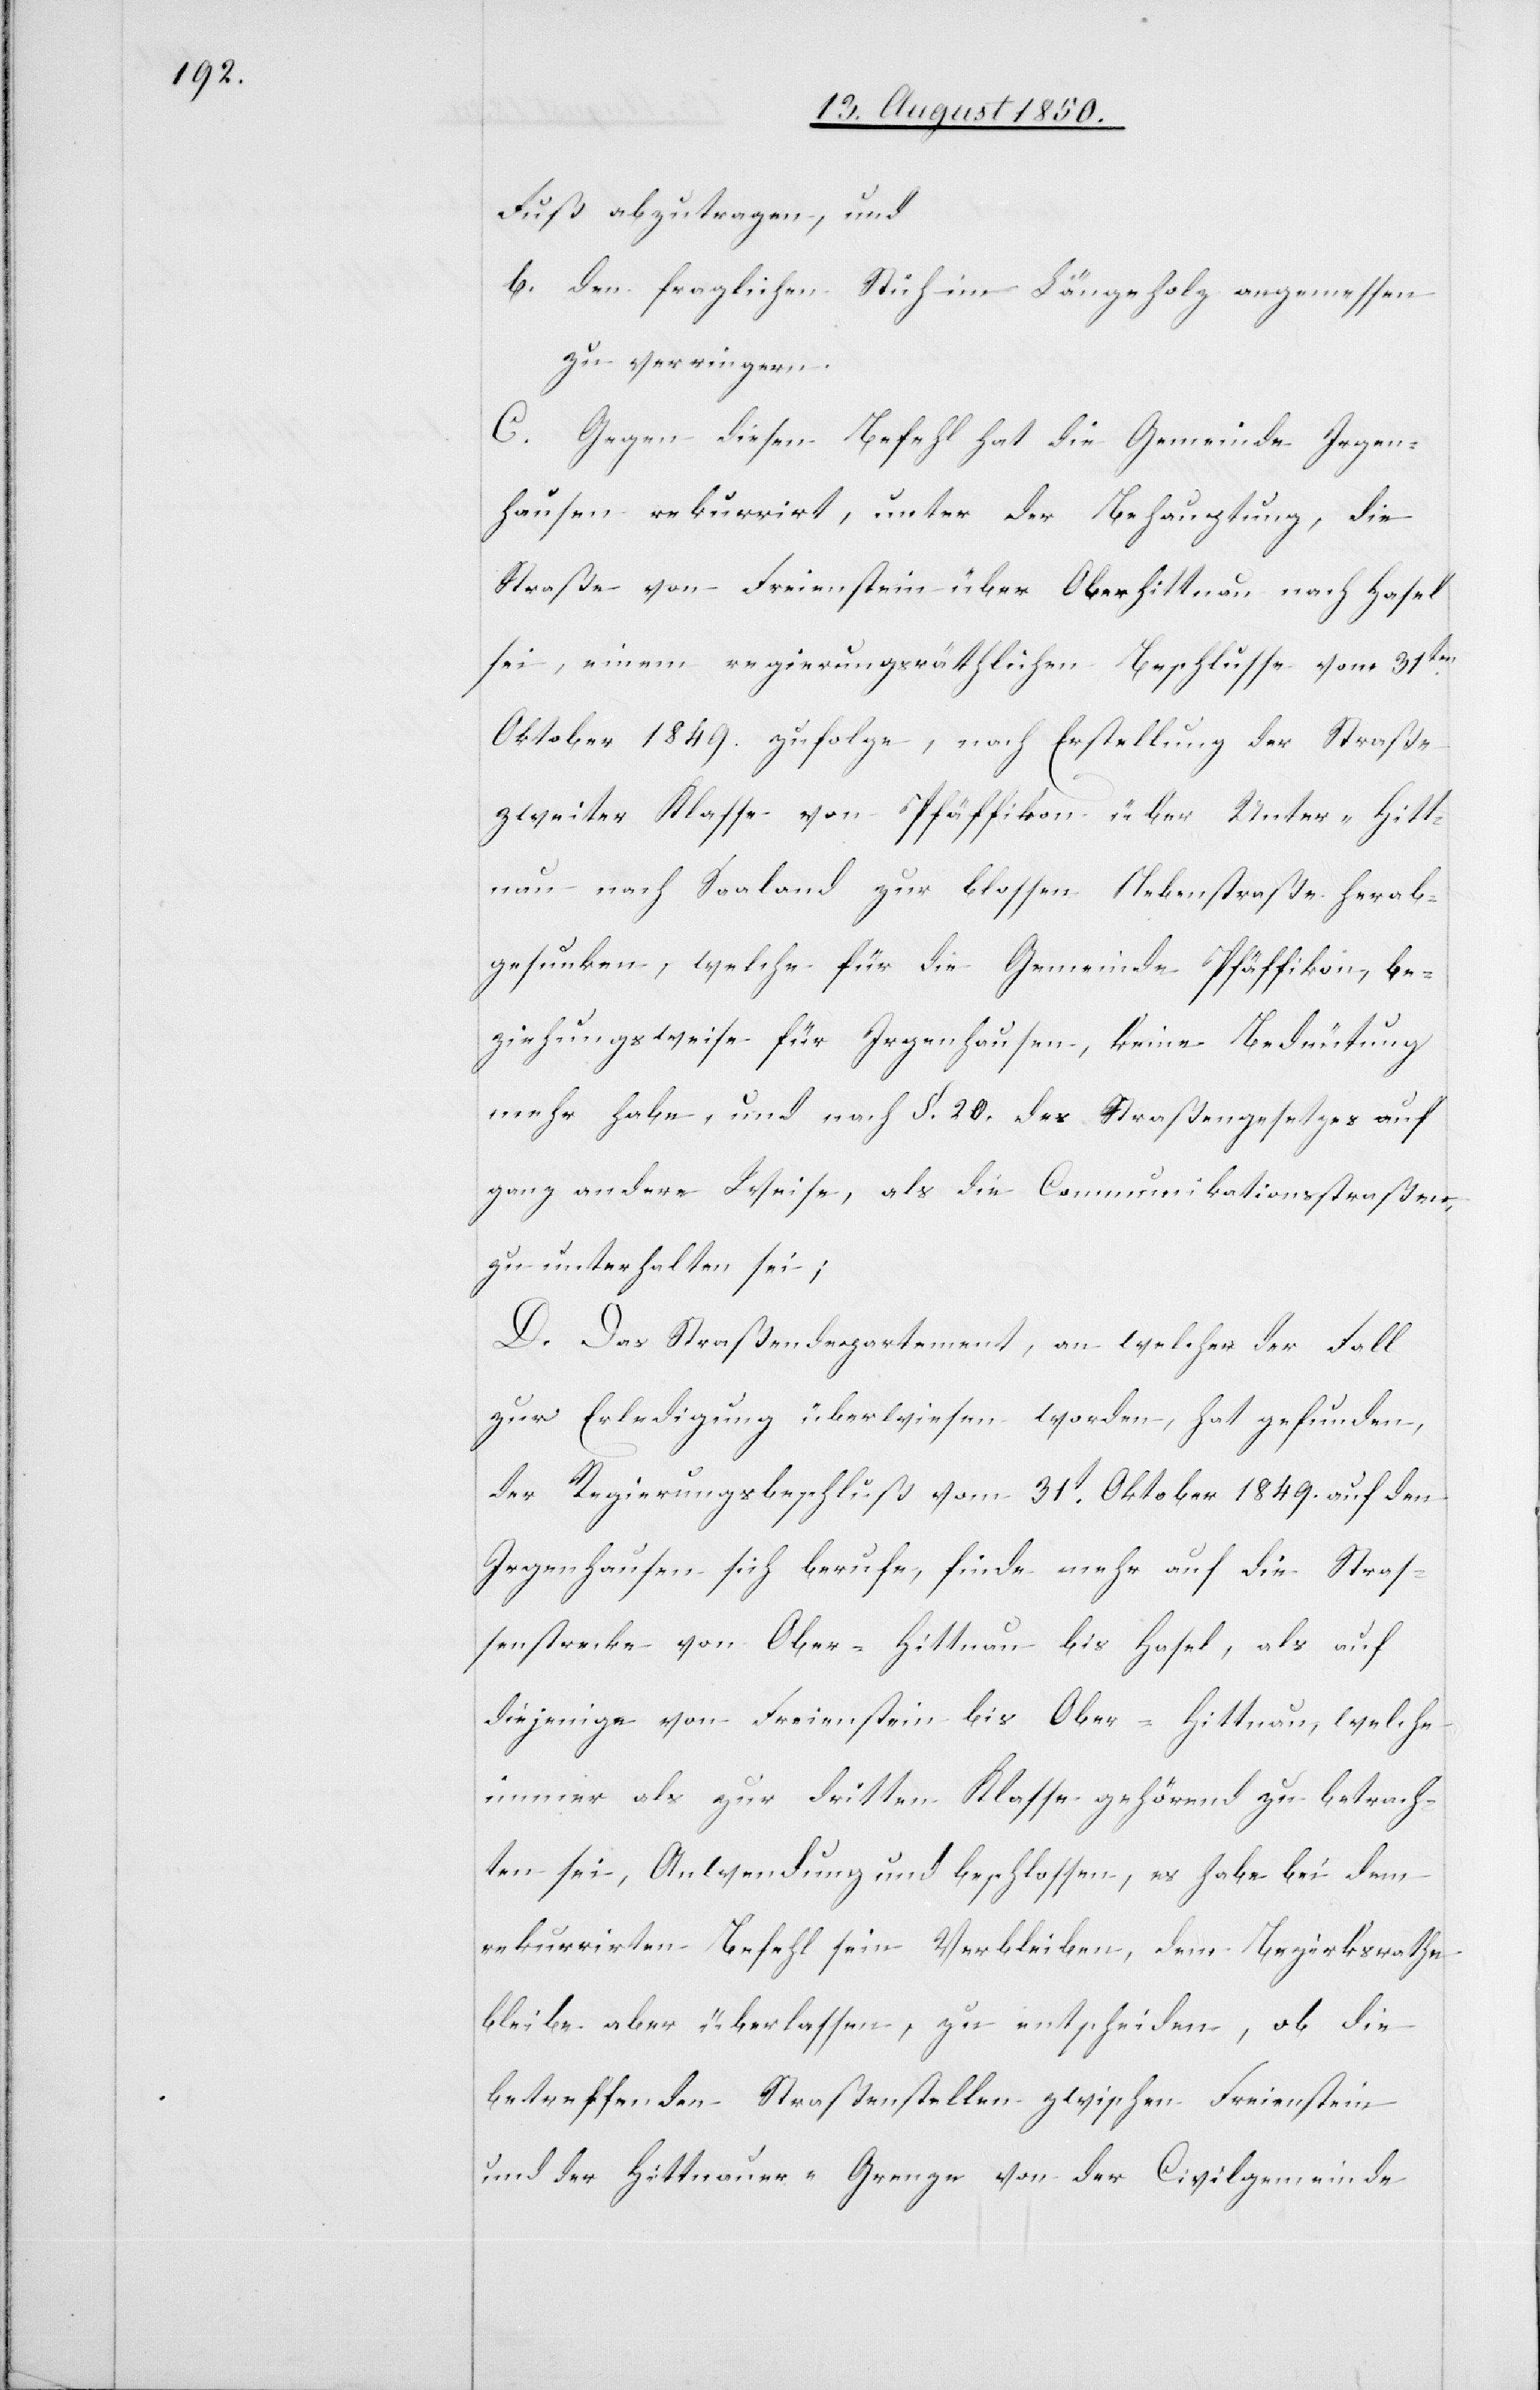
Fuß abzutragen, und
b. den fraglichen Stich im Längeholz angemessen
zu verringern.
C. Gegen diesen Befehl hat die Gemeinde Irgen¬
hausen rekurrirt, unter der Behauptung, die
Straße von Freienstein über Oberhittnau nach Hasel
sei, einem regierungsräthlichen Beschlusse vom 31ten
Oktober 1849. zufolge, nach Erstellung der Straße
zweiter Klasse von Pfäffikon über Unter-Hitt¬
nau nach Saaland zur blossen Nebenstraße herab¬
gesunken, welche für die Gemeinde Pfäffikon, be¬
ziehungsweise für Irgenhausen, keine Bedeutung
mehr habe, und nach §. 20. des Straßengesetzes auf
ganz andere Weise, als die Communikationsstraßen,
zu unterhalten sei;
D. Das Straßendepartement, an welcher [sic!] der Fall
zur Erledigung überwiesen worden, hat gefunden,
der Regierungsbeschluß vom 31t Oktober 1849. auf den
Irgenhausen sich berufe, finde mehr auf die Straß¬
enstrecke von Ober-Hittnau bis Hasel, als auf
diejenige von Freienstein bis Ober-Hittnau, welche
immer als zur dritten Klasse gehörend zu betrach¬
ten sei, Anwendung und beschlossen, es habe bei dem
rekurrirten Befehl sein Verbleiben, dem Bezirksrathe
bleibe aber überlassen, zu entscheiden, ob die
betreffenden Straßenstellen zwischen Freienstein
und der Hittnauer-Grenze von der Civilgemeinde